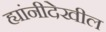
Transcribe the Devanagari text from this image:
ह्यांनीदेखील